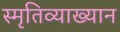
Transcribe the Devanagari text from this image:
स्मृतिव्याख्यान